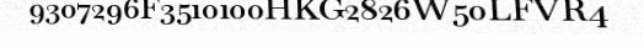
9307296F3510100HKG2826W50LFVR4